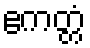
ဧကတ္တံ